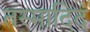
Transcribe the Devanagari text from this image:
तस्मादिदं